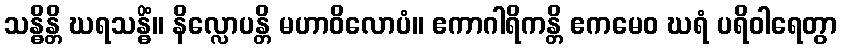
သန္ဓိန္တိ ဃရသန္ဓိံ။ နိလ္လောပန္တိ မဟာဝိလောပံ။ ဧကာဂါရိကန္တိ ဧကမေဝ ဃရံ ပရိဝါရေတွာ